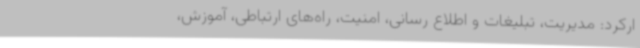
ارکرد: مدیریت، تبلیغات و اطلاع رسانی، امنیت، راه‌های ارتباطی، آموزش،